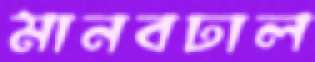
মানবঢাল